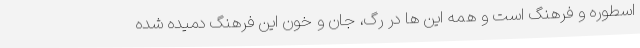
اسطوره و فرهنگ است و همه این ها در رگ، جان و خون این فرهنگ دمیده شده